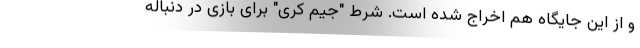
و از این جایگاه هم اخراج شده است. شرط "جیم کری" برای بازی در دنباله